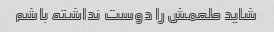
شاید طعمش را دوست نداشته باشم